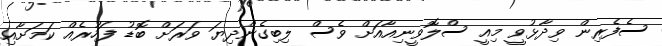
ސެފެރިން ވިދާޅުވީ މިއީ ސްލޮވީނިއާއަށް ވެސް ލިބިގެންދިޔަ ވަރަށް ބޮޑު ފަހުރެއް ކަމަށާއި